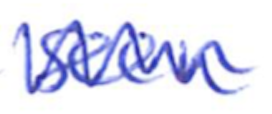
Text: seen
Cross-out: mix
Writing tool: ballpoint